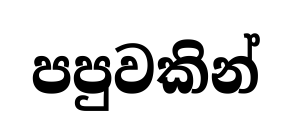
පපුවකින්